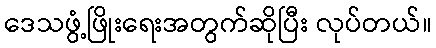
ဒေသဖွံ့ဖြိုးရေးအတွက်ဆိုပြီး လုပ်တယ်။